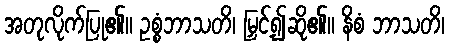
အတုလိုက်ပြု၏။ ဥစ္စံဘာသတိ၊ မြှင့်၍ဆို၏။ နိစံ ဘာသတိ၊